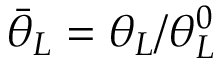
{ { \bar { \theta } } _ { L } } = { { \theta } _ { L } } / \theta _ { L } ^ { 0 }